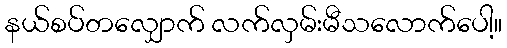
နယ်စပ်တလျှောက် လက်လှမ်းမီသလောက်ပေါ့။